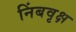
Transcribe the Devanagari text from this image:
निंबवृक्ष